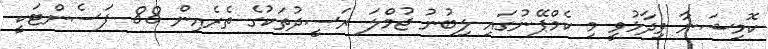
ކޮމިޝަނާ ވިދާޅުވީ މި ކެމްޕޭނުގައި ލިބުނު ޖުމްލަ ރަސީދުތަކުގެ ތެރެއިން 88 ޕަސެންޓަކީ